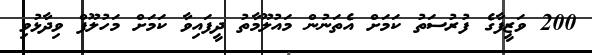
200 ވަޒީފާގެ ފުރުސަތު ކަމަށް އެތަނުން މައުލޫމާތު ދީފައިވާ ކަމަށް މަހުލޫފް ވިދާޅުވި